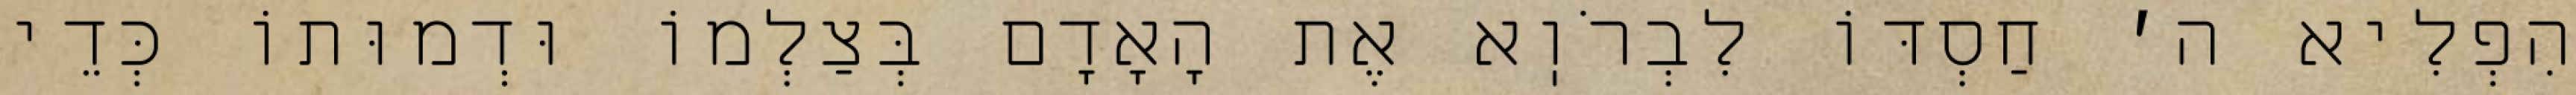
הִפְלִיא ה׳ חַסְדּוֹ לִבְרֹוֽא אֶת הָאָדָם בְּצַלְמוֹ וּדְמוּתוֹ כְּדֵי